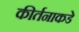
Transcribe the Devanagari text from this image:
कीर्तनाकडे